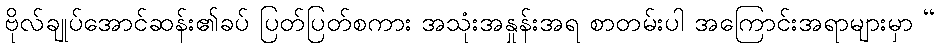
ဗိုလ်ချုပ်အောင်ဆန်း၏ခပ် ပြတ်ပြတ်စကား အသုံးအနှုန်းအရ စာတမ်းပါ အကြောင်းအရာများမှာ “